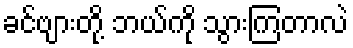
ခင်ဗျားတို့ ဘယ်ကို သွားကြတာလဲ